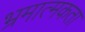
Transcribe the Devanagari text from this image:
भ्रमात्मकता